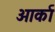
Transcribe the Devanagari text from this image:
ओर्का